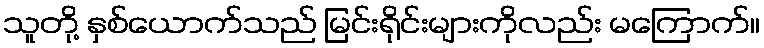
သူတို့ နှစ်ယောက်သည် မြင်းရိုင်းများကိုလည်း မကြောက်။